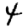
Digit: 4